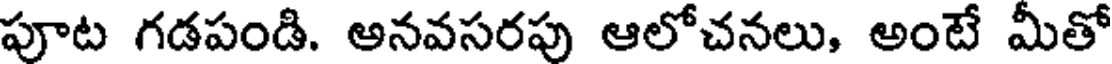
పూట గడపండి. అనవసరపు ఆలోచనలు, అంటే మీతో